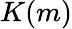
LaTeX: K(m)